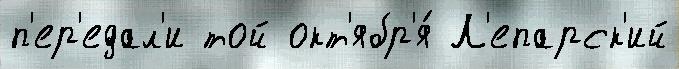
п'ер'едал'и той окт'ябр'я́ Л'епарск'ий